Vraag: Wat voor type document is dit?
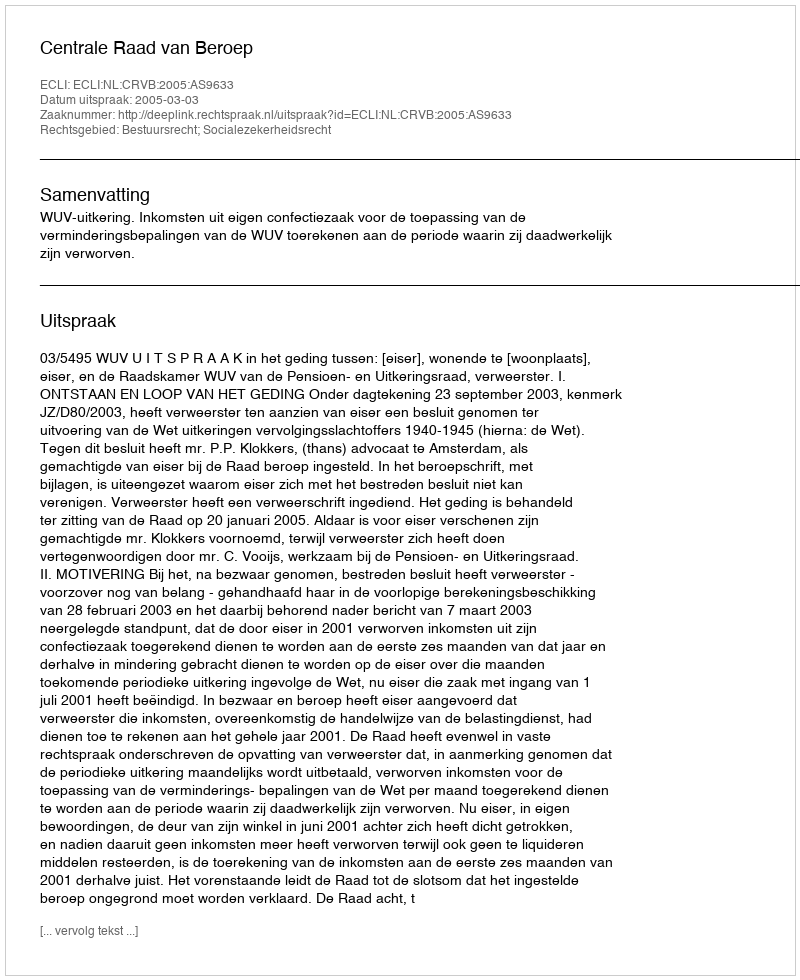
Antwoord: Uitspraak